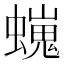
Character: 𧑵